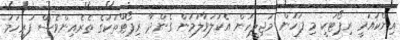
އިންކުއަރީ ރިޕޯޓަކީ މި ފަހުން މަޖިލީހުން އެކުލަވާލަމުން ގެންދާ ރިޕޯޓްތަކުގެ ތެރެއިންވެސް ފުރިހަމަ